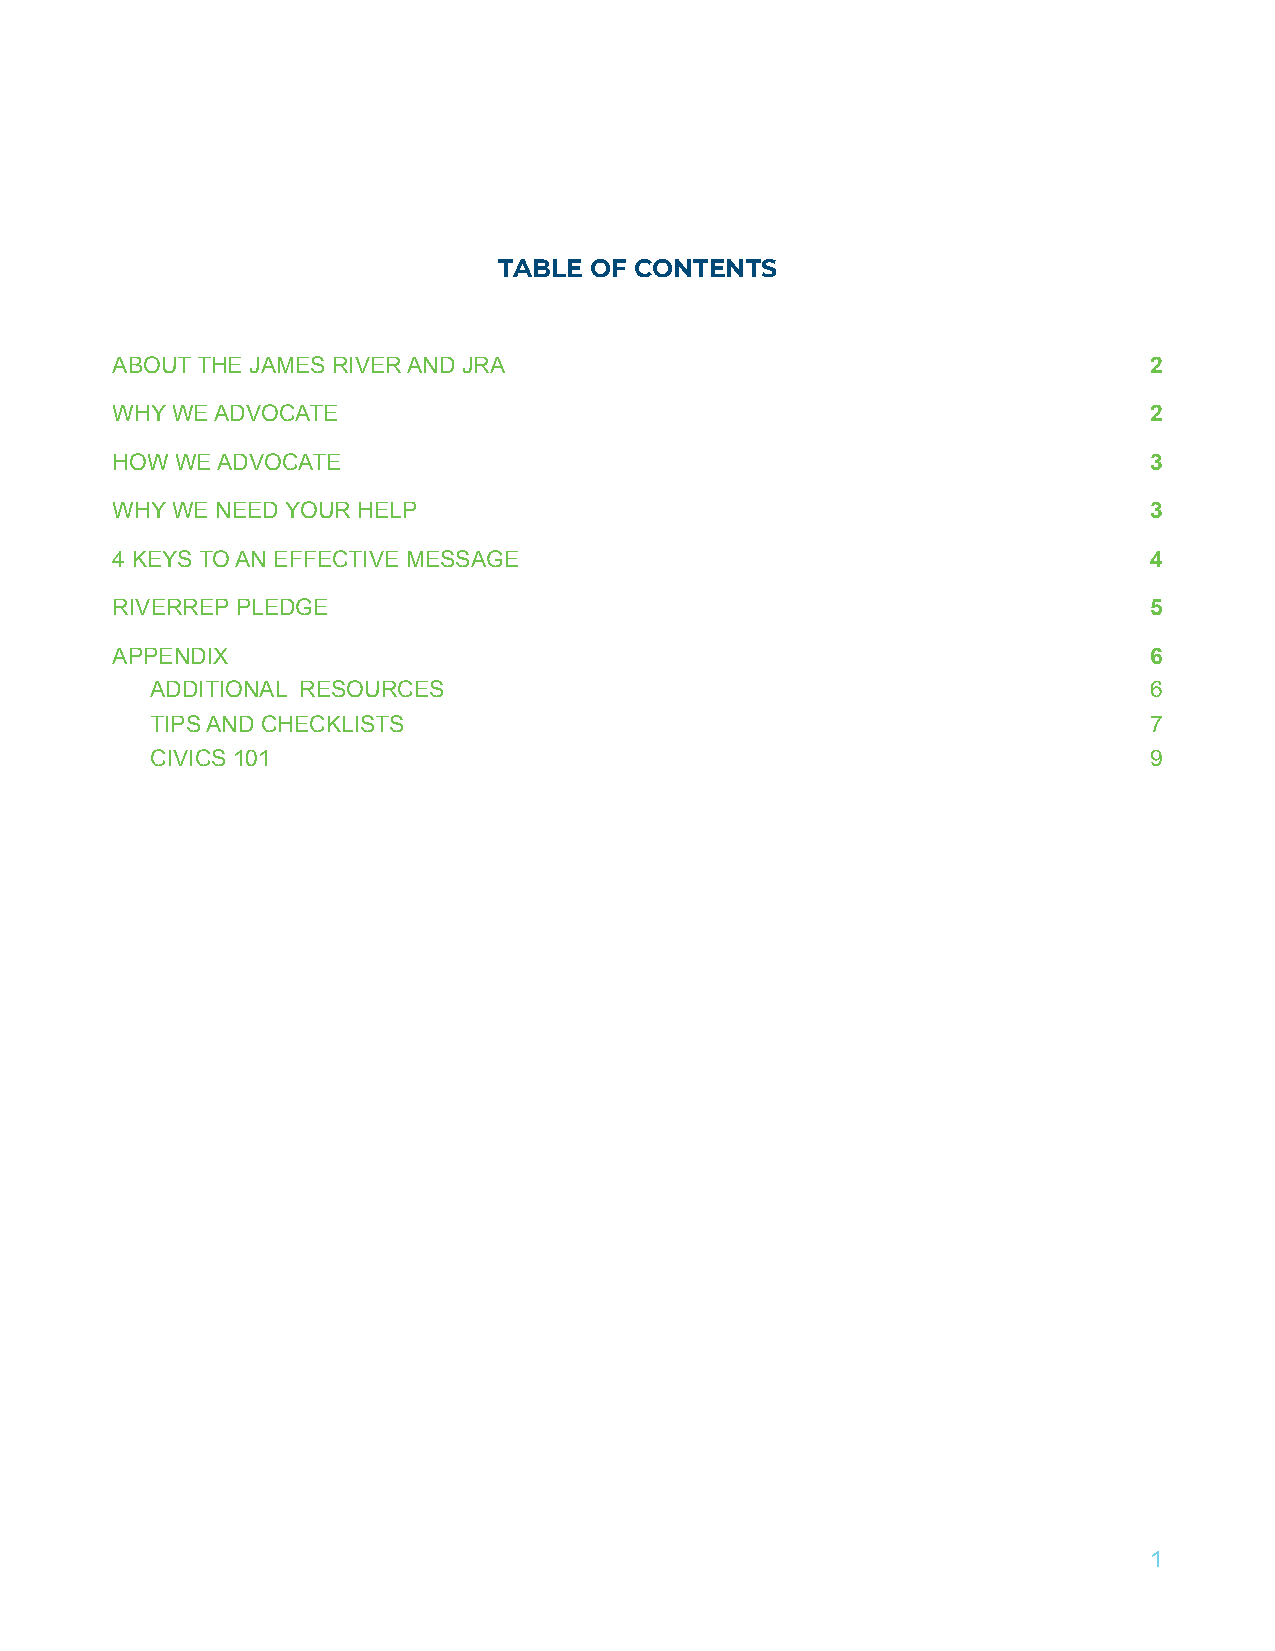
TABLE OF CONTENTS
 ABOUT THE JAMES RIVER AND JRA                                        2
 WHY WE ADVOCATE                                                      2
 HOW  WE ADVOCATE                                                     3
 WHY WE NEED YOUR HELP                                                3
 4 KEYS TO AN EFFECTIVE MESSAGE                                       4
 RIVERREP PLEDGE                                                      5
 APPENDIX                                                             6
 ADDITIONAL RESOURCES                                              6
 TIPS AND CHECKLISTS                                               7
 CIVICS 101                                                        9
 1